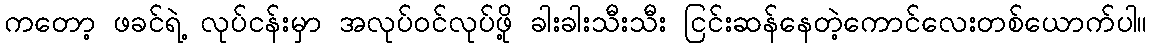
ကတော့ ဖခင်ရဲ့ လုပ်ငန်းမှာ အလုပ်ဝင်လုပ်ဖို့ ခါးခါးသီးသီး ငြင်းဆန်နေတဲ့ကောင်လေးတစ်ယောက်ပါ။